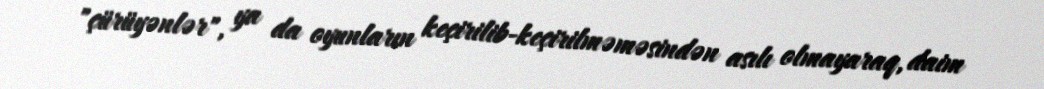
"çürüyənlər", ya da oyunların keçirilib-keçirilməməsindən asılı olmayaraq, daim